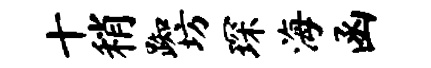
十稍踟坊琛海函